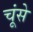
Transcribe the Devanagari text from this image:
चूंसे